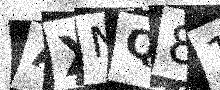
Text: AXNQ81